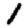
Digit: 1